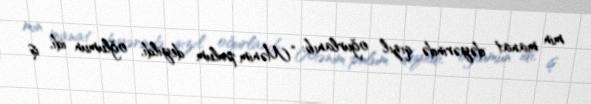
min manat dəyərində qızıl oğurlanıb: “Mənim pulum deyildi, oğlumun idi, iş